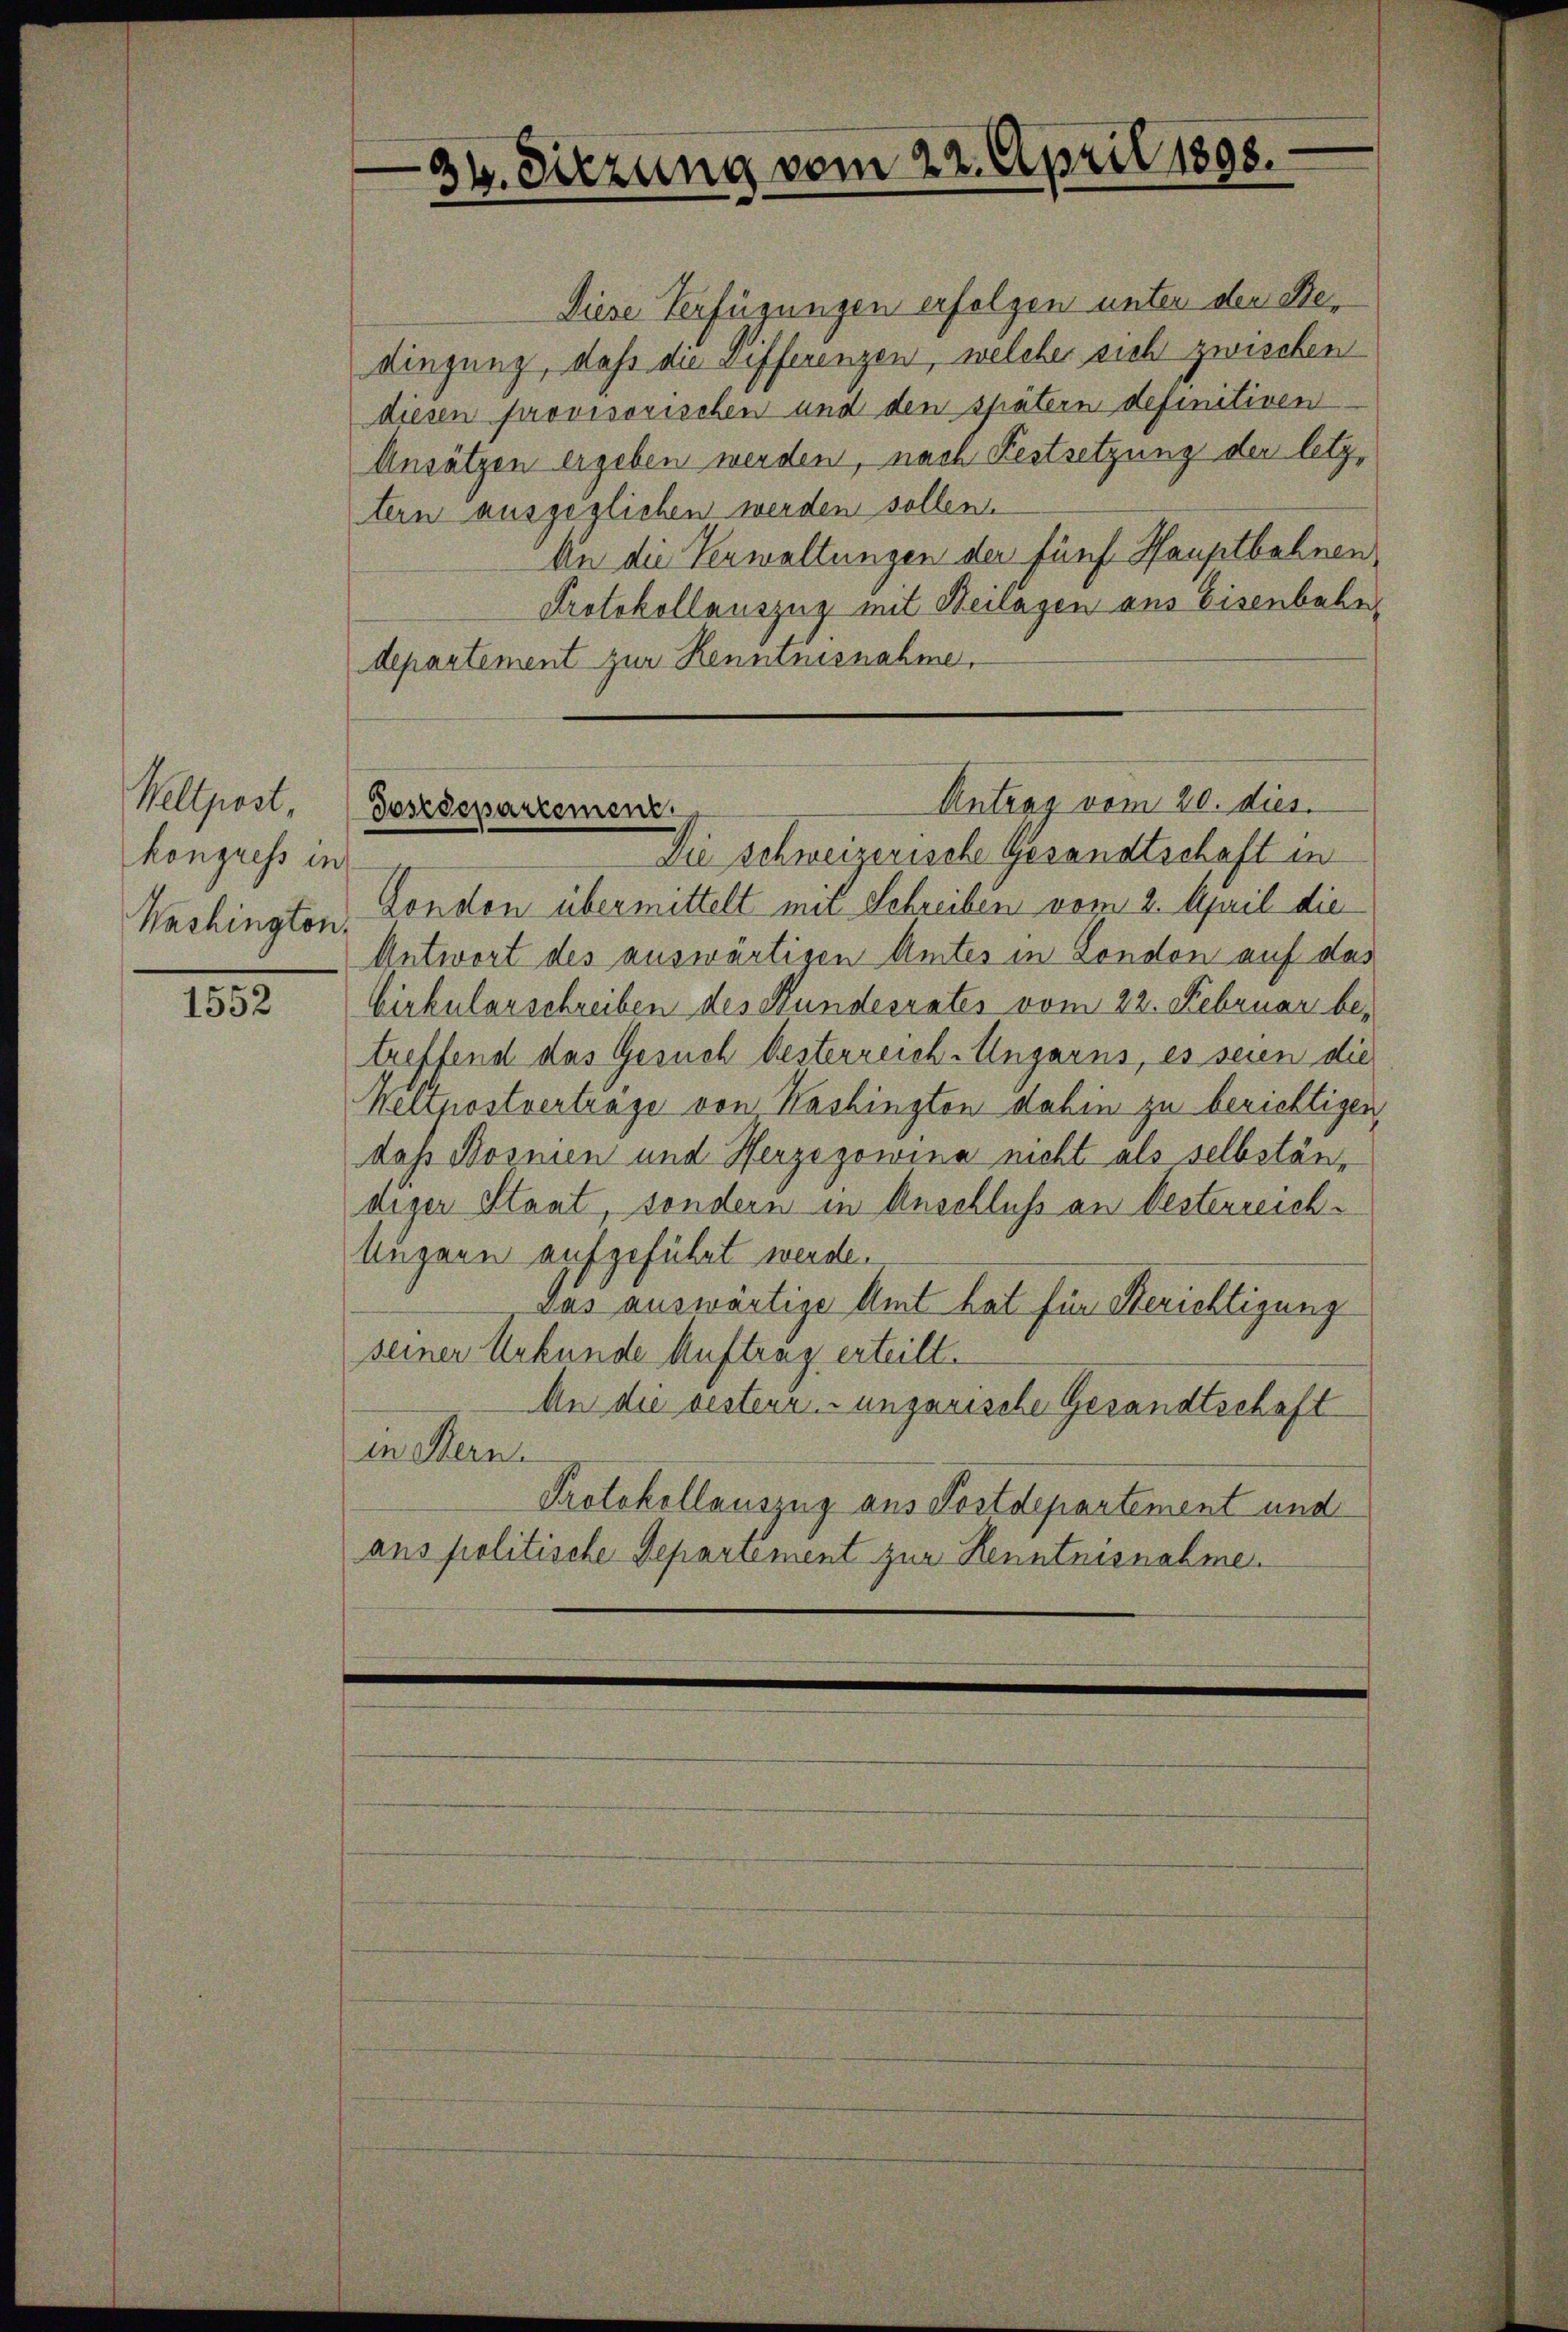
Wellpost,
kongress in
Washington.

1552

34. Sitzung vom 22. April 1898.

Antrag vom 20. dies
Postdepartement.

Diese Verfügungen erfolgen unter den Bedingung, daß die zifferenzen, welche sich zweichen
diesen provisorischen und den spätern definitiven
Ansätzen ergeben werden, nach Festsetzung der letztern ausgeglichen werden sollen.
An die Verwaltungen der fünf Hauptbahnen
Protokollauszug mit Beilagen aus Eisenbahn,
departement zur Kenntnisnahme,
Die Schweizerische Gesandtschaft in
Condon übermittelt mit Schreiben vom 2. April die
Antwort des auswärtigen Amtes in London auf das
birkularschreiben des Stundesrates vom 22. Februar betreffend das Gesuch besterreich-Ungarns, es seien die
Weltnostvertrage von Kashington dahin zu berichtigen,
daß Bosnien und Herzegowina nicht als selbständiger Staat, sondern in Anschluß an Vesterreich¬
Augene aufgeführt werde.
das auswärtige Amt hat für Berichtigung
seiner Urkunde Auftrag erteilt.
An die bestenz ungarische Gesandtschaft
in Stern.
Protokollauszug aus Postdepartement und
ans politische Departement zur Kenntnisnahme.